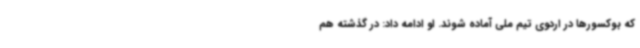
که بوکسورها در اردوی تیم ملی آماده شوند. او ادامه داد: در گذشته هم